Report of an investigation of the epidemic of malarial fever in Assam, or, kala-azar
Disease focus: Malaria
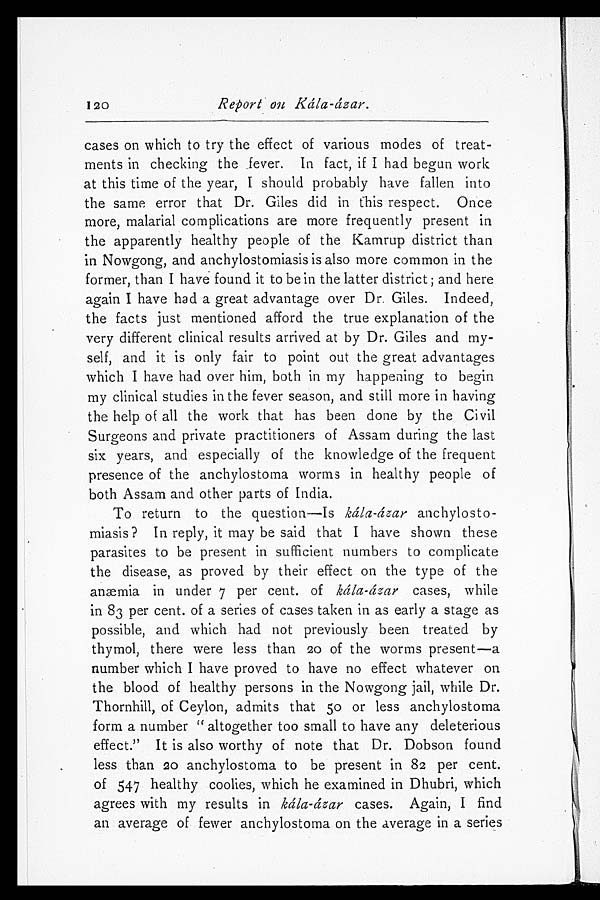
Report on Kála-ázar.
cases on which to try the effect of various modes of treat
- m e n t s i n c h e c k i n g t h e f e v e r . I n f a c t , i f I h a d b e g u n w o r k
at this time of the year, I should probably have fallen into
the same error that Dr. Giles did in this respect. Once
more, malarial complications are more frequently present in
the apparently healthy people of the Kamrup district than
in Nowgong, and anchylostomiasis is also more common in the
former, than I have found it to be in the latter district; and here
again I have had a great advantage over Dr. Giles. Indeed,
the facts just mentioned afford the true explanation of the
very different clinical results arrived at by Dr. Giles and my
-self, and it is only fair to point out the great advantages
which I have had over him, both in my happening to begin
my clinical studies in the fever season, and still more in having
the help of all the work that has been done by the Civil
Surgeons and private practitioners of Assam during the last
six years, and especially of the knowledge of the frequent
presence of the anchylostoma worms in healthy people of
both Assam and other parts of India.
To return to the question—Is kála-ázar anchylosto
- m i a s i s ? I n r e p l y , i t m a y b e s a i d t h a t I h a v e s h o w n t h e s e
parasites to be present in sufficient numbers to complicate
the disease, as proved by their effect on the type of the
anæmia in under 7 per cent. of kála-ázar cases, while
in 83 per cent. of a series of cases taken in as early a stage as
possible, and which had not previously been treated by
thymol, there were less than 20 of the worms present—a
number which I have proved to have no effect whatever on
the blood of healthy persons in the Nowgong jail, while Dr.
Thornhill, of Ceylon, admits that 50 or less anchylostoma
form a number "altogether too small to have any deleterious
effect." It is also worthy of note that Dr. Dobson found
less than 20 anchylostoma to be present in 82 per cent.
of 547 healthy coolies, which he examined in Dhubri, which
agrees with my results in kála-ázar cases. Again, I find
an average of fewer anchylostoma on the average in a series
120